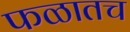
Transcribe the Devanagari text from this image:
फळातच